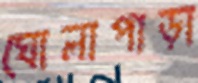
ঘোলাপাড়া